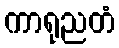
ကာရုညတံ